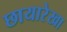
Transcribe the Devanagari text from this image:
छायारेखा